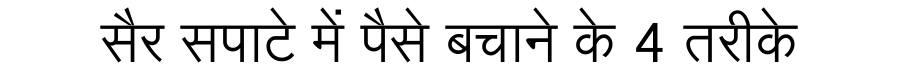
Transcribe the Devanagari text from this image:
सैर सपाटे में पैसे बचाने के 4 तरीके